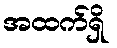
အထက်ရှိ